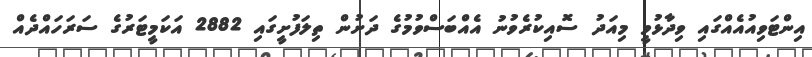
އިންޓަވިއުއެއްގައި ވިދާޅުވީ މިއަދު ސޮއިކުރެވުނު އެއްބަސްވުމުގެ ދަށުން ތިލަފުށީގައި 2882 އަކަމީޓަރުގެ ސަރަހައްދެއް